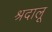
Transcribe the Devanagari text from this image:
श्रदालू